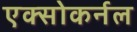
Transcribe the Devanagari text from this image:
एक्सोकर्नल